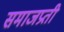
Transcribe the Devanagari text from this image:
समाजप्रती